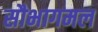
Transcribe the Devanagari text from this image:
सौभागमल